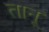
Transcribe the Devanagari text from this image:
तानू